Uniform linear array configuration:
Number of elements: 12
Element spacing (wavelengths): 0.5
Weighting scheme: kaiser
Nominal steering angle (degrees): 60
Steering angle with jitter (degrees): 61.659
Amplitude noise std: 0.05
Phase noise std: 0.05

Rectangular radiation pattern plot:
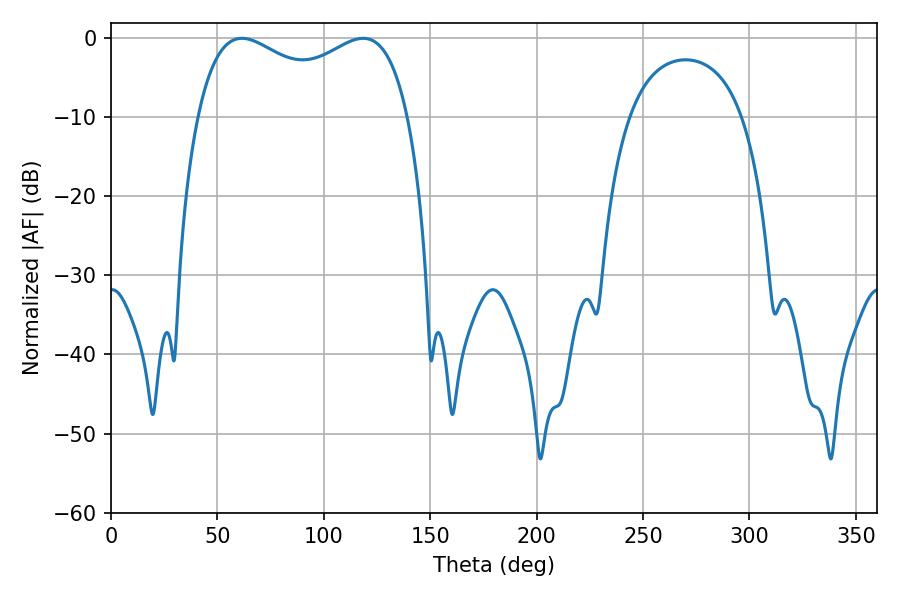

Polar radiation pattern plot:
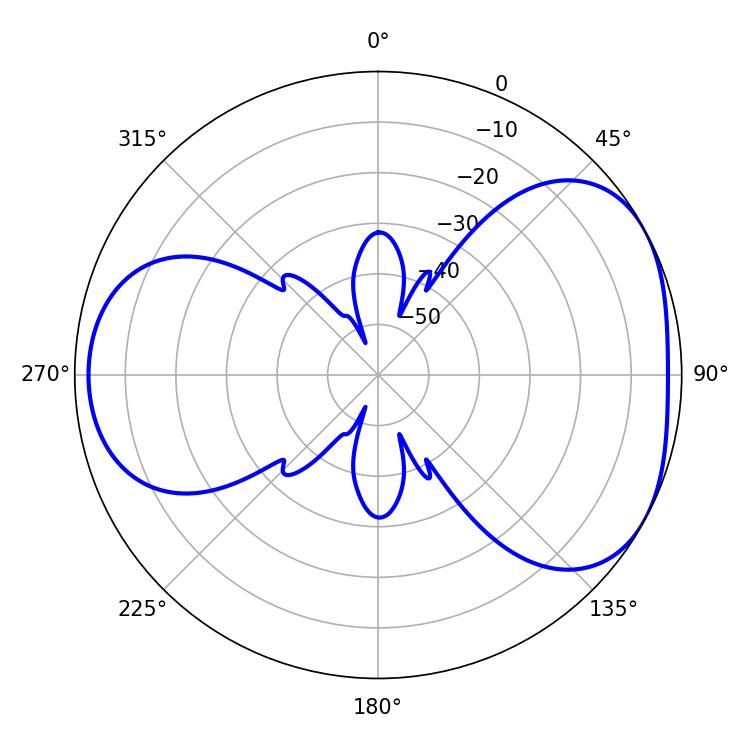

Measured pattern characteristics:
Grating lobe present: FALSE
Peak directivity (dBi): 4.423
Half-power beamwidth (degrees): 82.44
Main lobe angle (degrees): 61.56